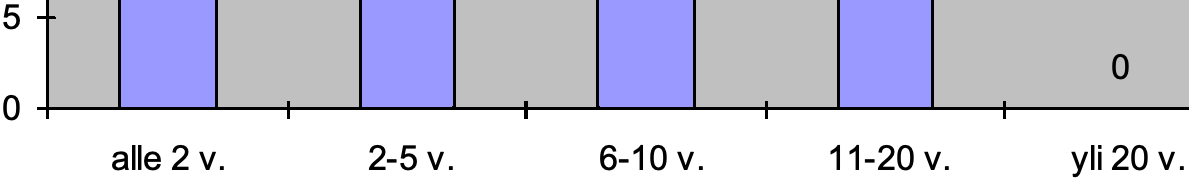
5 0 0 alle 2 v. 2-5 v. 6-10 v. 11-20 v. yli 20 v.